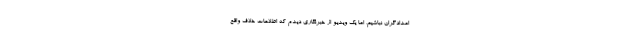
امدادگران نباشیم، اما یک ویدیو از خبرنگاری دیدم که اطلاعات خلاف واقع